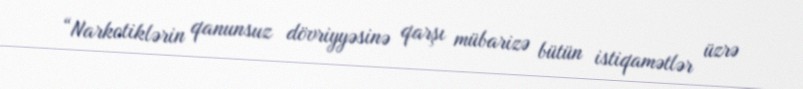
“Narkotiklərin qanunsuz dövriyyəsinə qarşı mübarizə bütün istiqamətlər üzrə